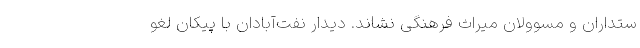
ستداران و مسوولان میراث فرهنگی نشاند. دیدار نفت‌آبادان با پیکان لغو